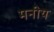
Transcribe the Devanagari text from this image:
मनीय